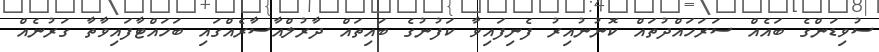
ސުވިޑަންގެ ބައެއް ސަރަހައްދުތައް ކޮނުނުއިރު ފެނިފައިވާ ކަފުނުގެ ބައިތައް ދާރުލްއާސާރެއްގައި ބަހައްޓާފައިވާތާ ގަރުނެއް